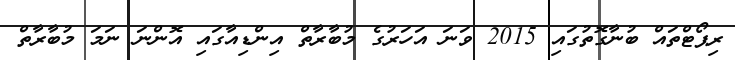
ރިޕޯޓްތައް ބުނާގޮތުގައި 2015 ވަނަ އަހަރުގެ މުބާރާތް އިންޑިއާގައި އޮންނަ ނަމަ މުބާރާތް